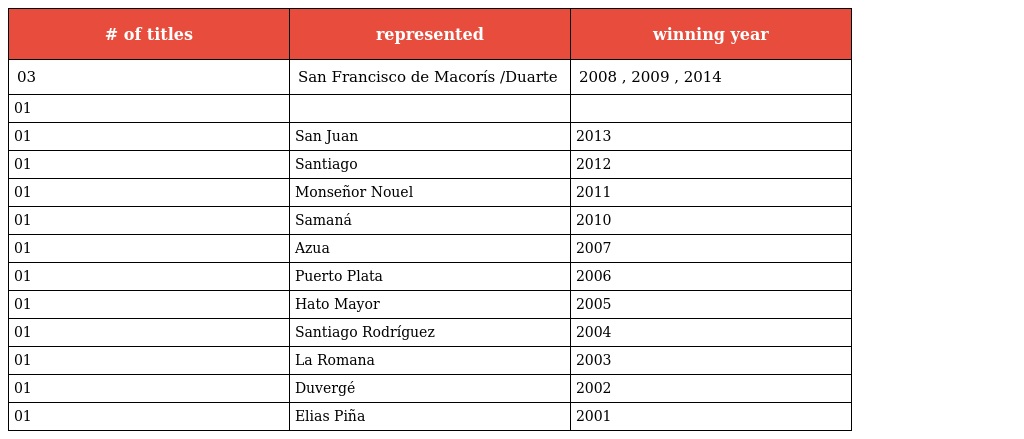
| # of titles | represented | winning year |
 | --- | --- | --- |
 | 03 | San Francisco de Macorís /Duarte | 2008 , 2009 , 2014 |
 | 01 |  |  |
 | 01 | San Juan | 2013 |
 | 01 | Santiago | 2012 |
 | 01 | Monseñor Nouel | 2011 |
 | 01 | Samaná | 2010 |
 | 01 | Azua | 2007 |
 | 01 | Puerto Plata | 2006 |
 | 01 | Hato Mayor | 2005 |
 | 01 | Santiago Rodríguez | 2004 |
 | 01 | La Romana | 2003 |
 | 01 | Duvergé | 2002 |
 | 01 | Elias Piña | 2001 |